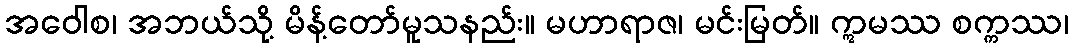
အဝေါစ၊ အဘယ်သို့ မိန့်တော်မူသနည်း။ မဟာရာဇ၊ မင်းမြတ်။ ဣမဿ စက္ကဿ၊